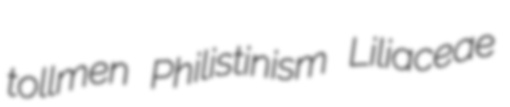
tollmen Philistinism Liliaceae